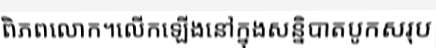
ពិភពលោក។លើកឡើងនៅក្នុងសន្និបាតបូកសរុប